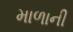
માળાની